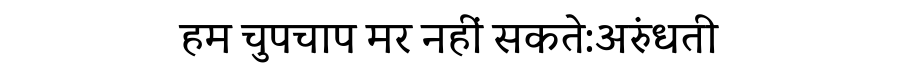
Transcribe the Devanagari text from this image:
हम चुपचाप मर नहीं सकते:अरुंधती